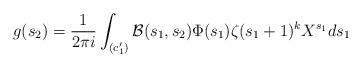
LaTeX: \begin{align*} g(s_2) = \frac{1}{2 \pi i} \int_{(c_1')} \mathcal{B}(s_1,s_2) \Phi(s_1) \zeta(s_1+1)^{k} X^{s_1} ds_1\end{align*}